Indian journal of veterinary science and animal husbandry - Volume 1,
Year: 1931
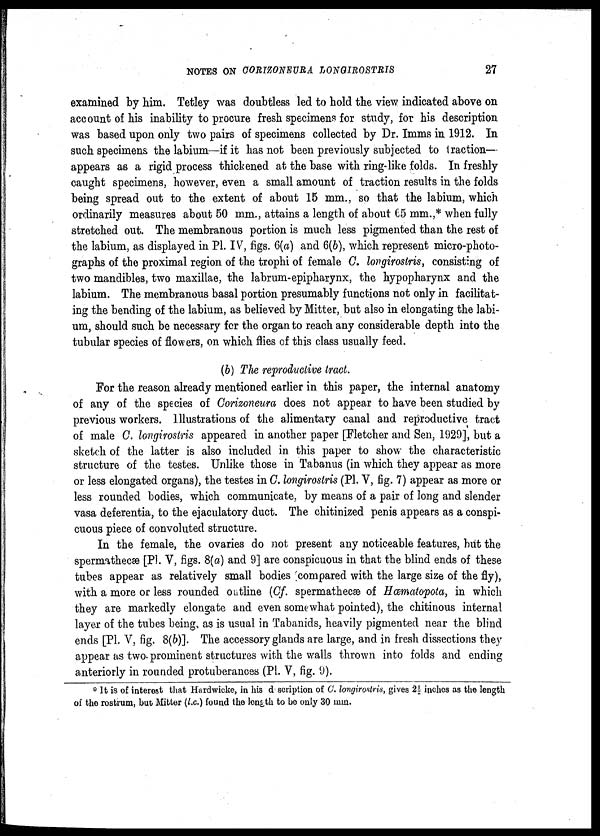
NOTES ON CORIZONEURA LONGIROSTRIS
27
examined by him. Tetley was doubtless led to hold the view indicated above on
account of his inability to procure fresh specimens for study, for his description
was based upon only two pairs of specimens collected by Dr. Imms in 1912. In
such specimens the labium—if it has not been previously subjected to traction-
appears as a rigid process thickened at the base with ring-like folds. In freshly
caught specimens, however, even a small amount of traction results in the folds
being spread out to the extent of about 15 mm., so that the labium, which
ordinarily measures about 50 mm., attains a length of about 65 mm.,* when fully
stretched out. The membranous portion is much less pigmented than the rest of
the labium, as displayed in Pl. IV, figs. 6(a) and 6(b), which represent micro-photo-
graphs of the proximal region of the trophi of female C. longirostris, consisting of
two mandibles, two maxillae, the labrum-epipharynx, the hypopharynx and the
labium. The membranous basal portion presumably functions not only in facilitat-
ing the bending of the labium, as believed by Mitter, but also in elongating the labi-
um, should such be necessary for the organ to reach any considerable depth into the
tubular species of flowers, on which flies of this class usually feed.
(b) The reproductive tract.
For the reason already mentioned earlier in this paper, the internal anatomy
of any of the species of Corizoneura does not appear to have been studied by
previous workers. Illustrations of the alimentary canal and reproductive tract
of male C. longirostris appeared in another paper [Fletcher and Sen, 1929], but a
sketch of the latter is also included in this paper to show the characteristic
structure of the testes. Unlike those in Tabanus (in which they appear as more
or less elongated organs), the testes in C. longirostris (Pl. V, fig. 7) appear as more or
less rounded bodies, which communicate, by means of a pair of long and slender
vasa deferentia, to the ejaculatory duct. The chitinized penis appears as a conspi-
cuous piece of convoluted structure.
In the female, the ovaries do not present any noticeable features, but the
spermathecæ [Pl. V, figs. 8(a) and 9] are conspicuous in that the blind ends of these
tubes appear as relatively small bodies compared with the large size of the fly),
with a more or less rounded outline (Cf. spermathecæ of Hœmatopota, in which
they are markedly elongate and even somewhat pointed), the chitinous internal
layer of the tubes being, as is usual in Tabanids, heavily pigmented near the blind
ends [P1. V, fig. 8(b)]. The accessory glands are large, and in fresh dissections they
appear as two-prominent structures with the walls thrown into folds and ending
anteriorly in rounded protuberances (Pl. V, fig. 9).
* It is of interest that Hardwicke, in his d scription of C. longirostris, gives 2½ inches as the length
of the rostrum, but Mitter (l.c.) found the length to be only 30 mm.